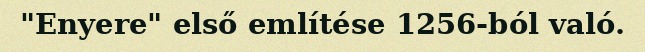
"Enyere" első említése 1256-ból való.